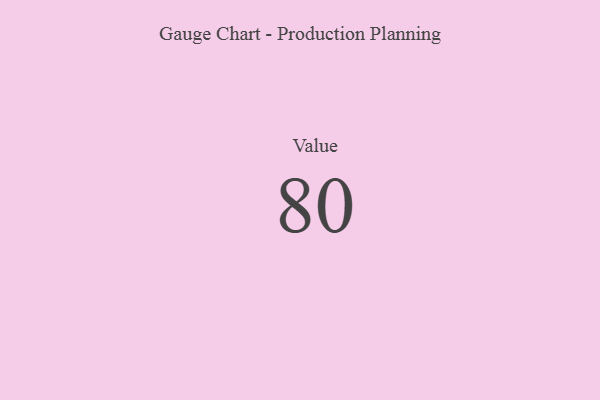
{"axis": {"x": "Metric", "y": "Value"}, "legend": [""], "data": [{"x": "Value", "y": 80, "type": ""}]}